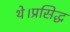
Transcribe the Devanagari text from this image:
थे।प्रसिद्ध